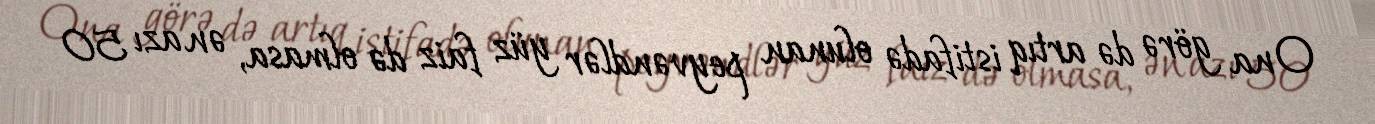
Ona görə də artıq istifadə olunan peyvəndlər yüz faiz də olmasa, ən azı 50